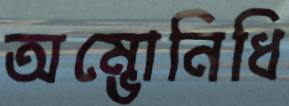
অম্ভোনিধি